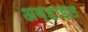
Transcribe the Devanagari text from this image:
अव्हाइल